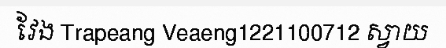
វែង Trapeang Veaeng1221100712 ស្វាយ